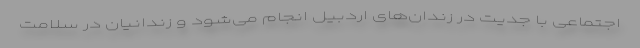
اجتماعی با جدیت در زندان‌های اردبیل انجام می‌شود و زندانیان در سلامت